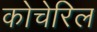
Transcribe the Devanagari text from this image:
कोचेरिल